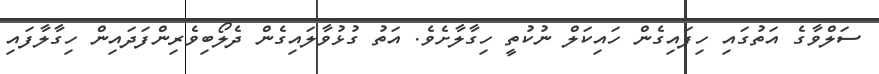
ސަލްވާގެ އަތުގައި ހިފައިގެން ހައިކަލް ނުކުތީ ހިގާލާށެވެ. އަތު ގުޅުވާލައިގެން ދެލޯބިވެރިންފަދައިން ހިގާލާފައި